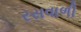
રસવાળી